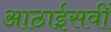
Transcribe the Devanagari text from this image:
आठाईसवीं